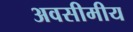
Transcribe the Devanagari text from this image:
अवसीमीय